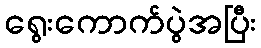
ရွေးကောက်ပွဲအပြီး